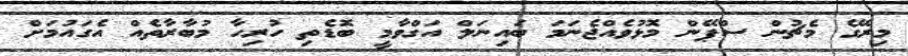
މިރޭގެ މެޗުން ސްޕޭން މޮޅުވެއްޖެނަމަ ބައިނަލް އަގްވާމީ ބޮޑެތި ހުރިހާ މުބާރާތެއް އެގައުމަށް